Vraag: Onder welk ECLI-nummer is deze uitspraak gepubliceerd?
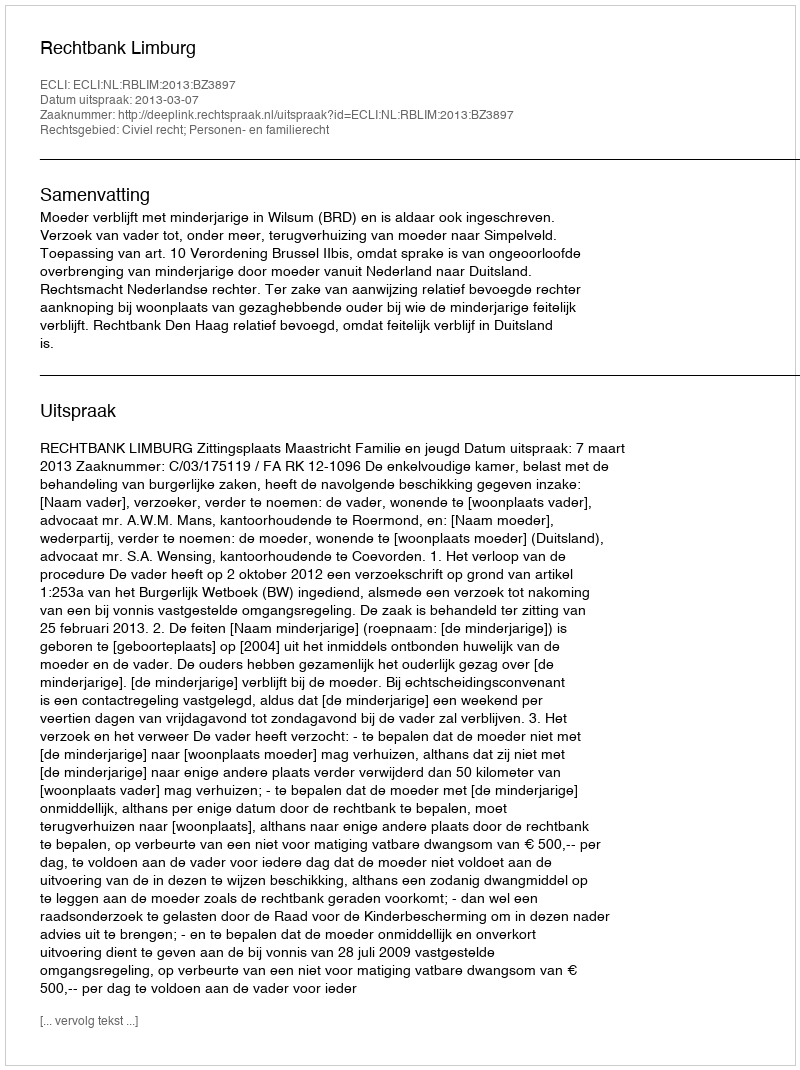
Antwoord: ECLI:NL:RBLIM:2013:BZ3897